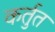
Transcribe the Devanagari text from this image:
कर्तुत